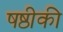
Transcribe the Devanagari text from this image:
षष्ठीकी